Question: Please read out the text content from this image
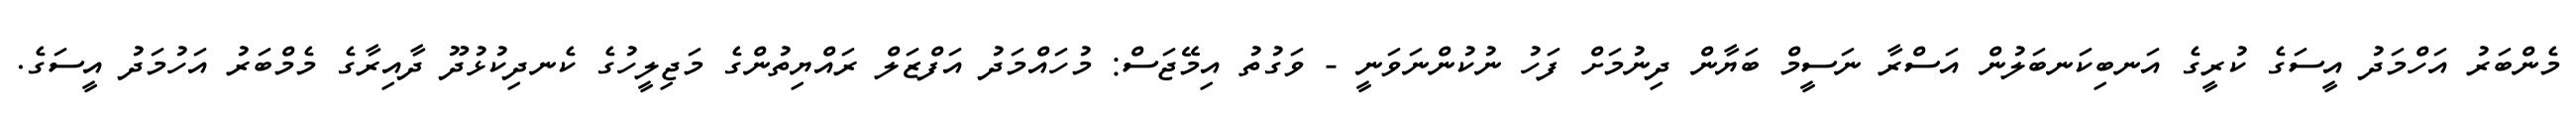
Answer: މެންބަރު އަހްމަދު އީސަގެ ކުރީގެ އަނބިކަނބަލުން އަސްރާ ނަސީމް ބަޔާން ދިނުމަށް ފަހު ނުކުންނަވަނީ - ވަގުތު އިމޭޖަސް: މުހައްމަދު އަފްޒަލް ރައްޔިތުންގެ މަޖިލީހުގެ ކެނދިކުޅުދޫ ދާއިރާގެ މެމްބަރު އަހުމަދު އީސަގެ.